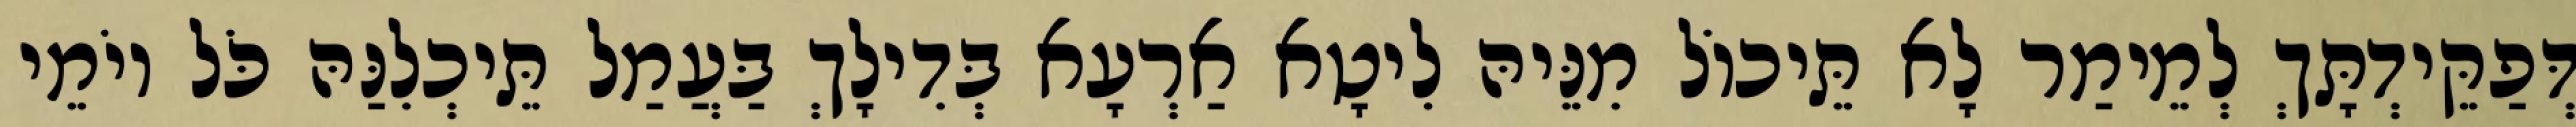
דְּפַקֵּידְתָּךְ לְמֵימַר לָא תֵּיכוֹל מִנֵּיהּ לִיטָא אַרְעָא בְּדִילָךְ בַּעֲמַל תֵּיכְלִנַּהּ כֹּל יוֹמֵי